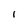
Character: l